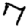
Digit: 7